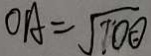
O A = \sqrt { 7 0 0 }